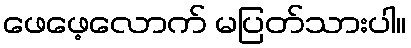
ဖေဖေ့လောက် မပြတ်သားပါ။